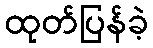
ထုတ်ပြန်ခဲ့